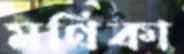
মণিকা